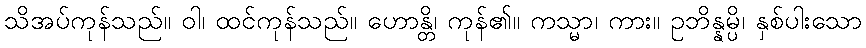
သိအပ်ကုန်သည်။ ဝါ၊ ထင်ကုန်သည်။ ဟောန္တိ၊ ကုန်၏။ ကသ္မာ၊ ကား။ ဥဘိန္နမ္ပိ၊ နှစ်ပါးသော